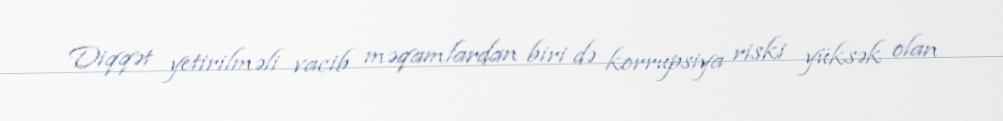
Diqqət yetirilməli vacib məqamlardan biri də korrupsiya riski yüksək olan